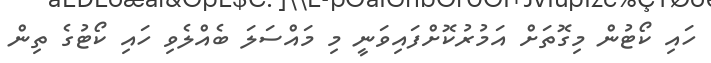
ހައި ކޯޓުން މިގޮތަށް އަމުރުކޮށްފައިވަނީ މި މައްސަލަ ބެއްލެވި ހައި ކޯޓުގެ ތިން